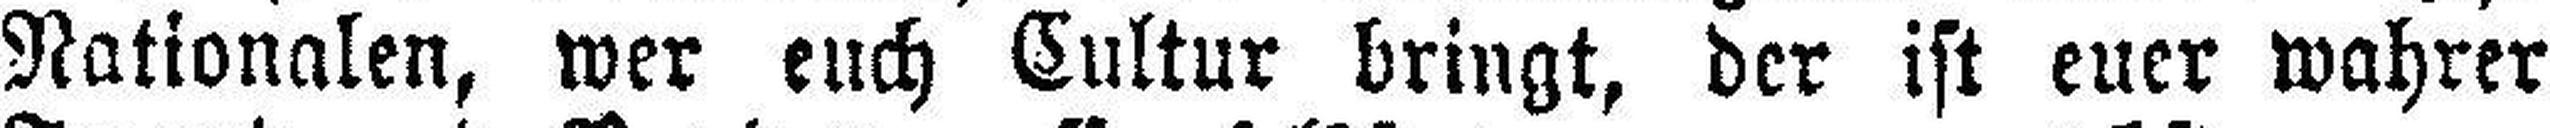
Nationalen, wer euch Cultur bringt, der ist euer wahrer